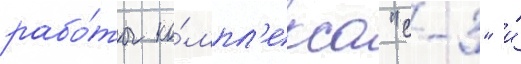
рабо́ты ко́мпл'екса "с-3" и́